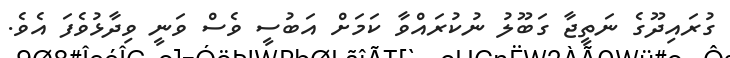
ގުރައިދޫގެ ނަތީޖާ ގަބޫލު ނުކުރައްވާ ކަމަށް އަބުސީ ވެސް ވަނީ ވިދާޅުވެފަ އެވެ.